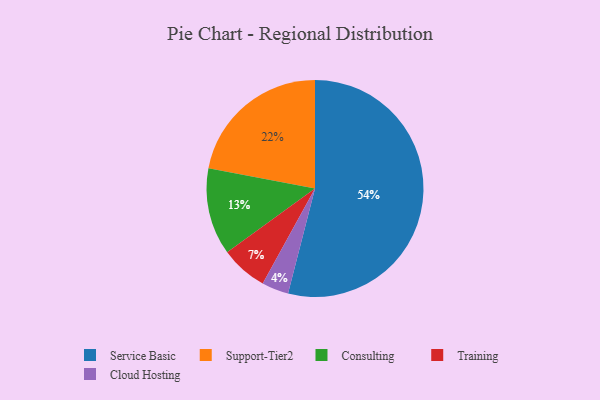
{"axis": {"x": "Category", "y": "Percentage"}, "legend": ["Cloud Hosting", "Consulting", "Service Basic", "Support-Tier2", "Training"], "data": [{"x": "Consulting", "y": 13, "type": "Consulting"}, {"x": "Cloud Hosting", "y": 4, "type": "Cloud Hosting"}, {"x": "Service Basic", "y": 54, "type": "Service Basic"}, {"x": "Training", "y": 7, "type": "Training"}, {"x": "Support-Tier2", "y": 22, "type": "Support-Tier2"}]}